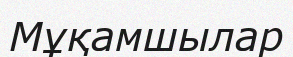
Мұқамшылар